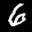
Label: 6